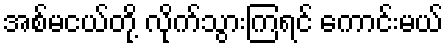
အစ်မငယ်တို့ လိုက်သွားကြရင် ကောင်းမယ်